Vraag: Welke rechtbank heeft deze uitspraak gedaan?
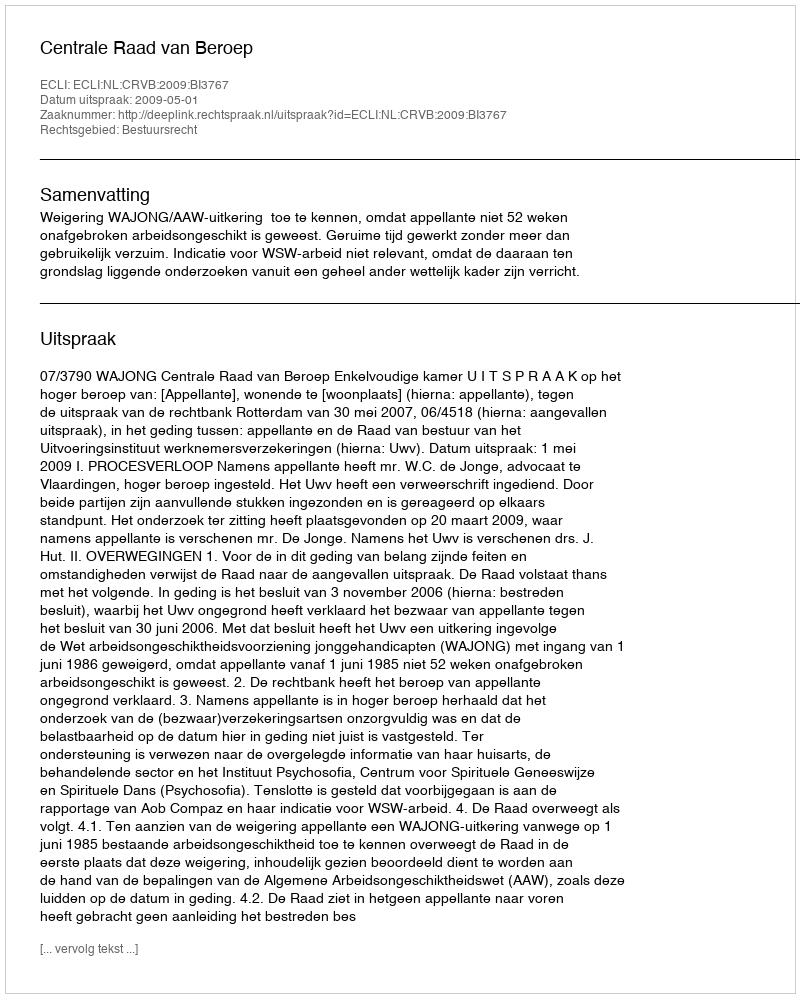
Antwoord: Centrale Raad van Beroep